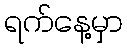
ရက်နေ့မှာ